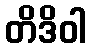
တိဒိဝါ